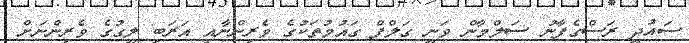
ސައުދީ ރަސްގެފާނު ސަލްމާން ވަނީ ގަލްފް ގައުމުތަކުގެ ވެރިންނާއި އަރަބި ލީގުގެ ވެރިންނަށް